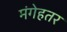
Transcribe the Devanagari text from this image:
मंगेहतर